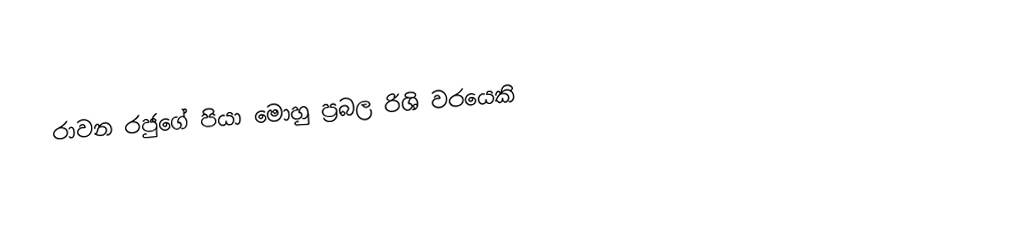
රාවන රජුගේ පියා මොහු ප්‍රබල රිශි වරයෙකි